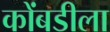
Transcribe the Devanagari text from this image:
कोंबडीला